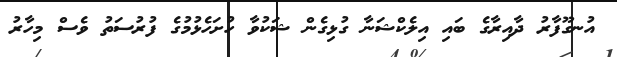
އުނގޫފާރު ދާއިރާގެ ބައި އިލެކްޝަނާ ގުޅިގެން ޝަކުވާ ހުށަހެޅުމުގެ ފުރުސަތު ވެސް މިހާރު